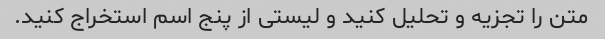
متن را تجزیه و تحلیل کنید و لیستی از پنج اسم استخراج کنید.